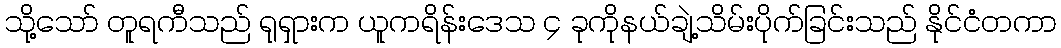
သို့သော် တူရကီသည် ရုရှားက ယူကရိန်းဒေသ ၄ ခုကိုနယ်ချဲ့သိမ်းပိုက်ခြင်းသည် နိုင်ငံတကာ